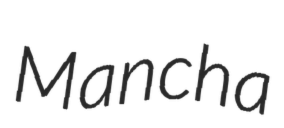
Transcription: Mancha